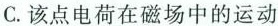
C.该点电荷在磁场中的运动